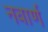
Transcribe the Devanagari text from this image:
नवार्ण